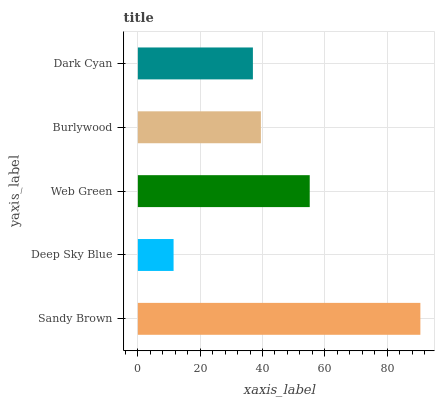
| yaxis_label | bars |
 | --- | --- |
 | Sandy Brown | 90.7 |
 | Deep Sky Blue | 11.5 |
 | Web Green | 55.2 |
 | Burlywood | 39.5 |
 | Dark Cyan | 36.9 |